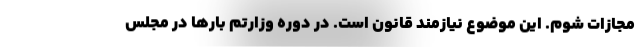
مجازات شوم. این موضوع نیازمند قانون است. در دوره وزارتم بارها در مجلس